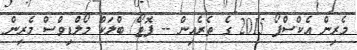
މެރިން އެކްސްޕޯ 2015 ގެ ތެރެއިން -- ފޮޓޯ/ ބްލަކް މޯލްޑިވްސް މެރިން